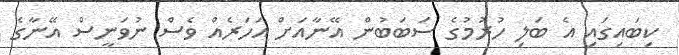
ކިބައިގައި އެ ބަލި ހުރުމުގެ ސަބަބުން އޭނާއަށް އަހަރެއް ވެސް ނުވަނީސް އޭނާގެ